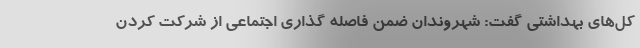
کل‌های بهداشتی گفت: شهروندان ضمن فاصله گذاری اجتماعی از شرکت کردن